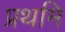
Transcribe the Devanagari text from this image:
प्रथमि